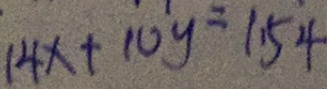
1 4 x + 1 0 y = 1 \cdot 5 4